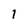
Character: 1